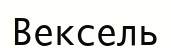
Вексель